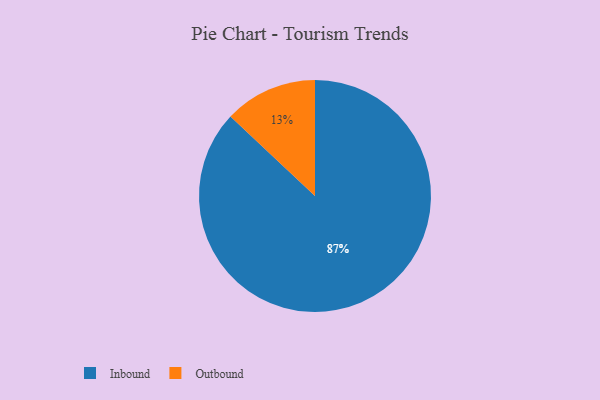
{"axis": {"x": "Category", "y": "Percentage"}, "legend": ["Inbound", "Outbound"], "data": [{"x": "Outbound", "y": 13, "type": "Outbound"}, {"x": "Inbound", "y": 87, "type": "Inbound"}]}